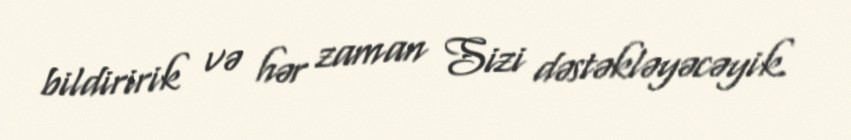
bildiririk və hər zaman Sizi dəstəkləyəcəyik.